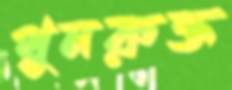
পুনরুক্ত